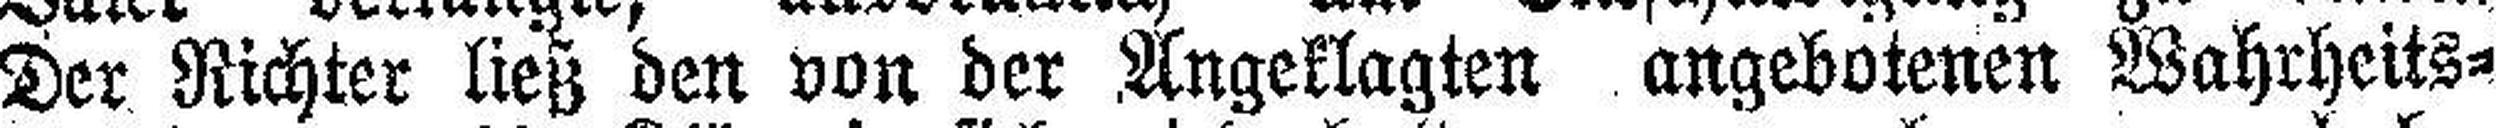
Der Richter ließ den von der Angeklagten angebotenen Wahrheits¬